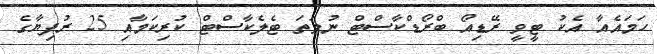
ހަމައެއާ އެކު ޓީވީ ރޭޑިއޯ ބްރޯޑްކާސްޓް ނުވަތަ ޓެލެކާސްޓް ކުރިކަމާއި 25 ރުފިޔާގެ